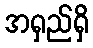
အရှည်ရှိ